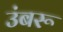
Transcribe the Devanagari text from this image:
उंबरू